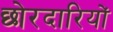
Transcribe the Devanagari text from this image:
छोरदारियों